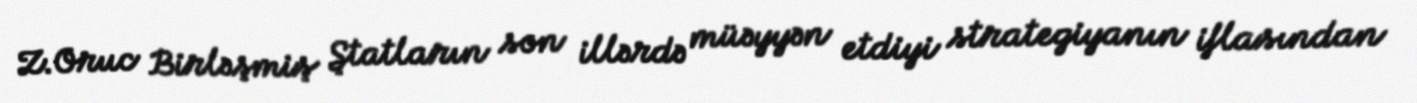
Z.Oruc Birləşmiş Ştatların son illərdə müəyyən etdiyi strategiyanın iflasından